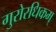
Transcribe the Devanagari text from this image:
गुरोरधिकम्